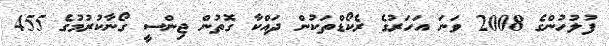
ފުލުހުންގެ 2008 ވަނަ އަހަރުގެ ރެކޯޑްތަކުން ދައްކާ ގޮތުން ޖިންސީ ގޯނާކުރުމުގެ 455